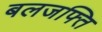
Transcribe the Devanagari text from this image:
बलजफ्ति